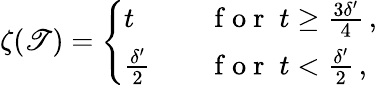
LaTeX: \zeta(\mathscr{T})=\left\{ \begin{array}{ll}{t}&{\quad\mathrm{~f~o~r~}\; t\geq\frac{3\delta^{\prime}}{4}\, ,}\\ {\frac{\delta^{\prime}}{2}}&{\quad\mathrm{~f~o~r~}\; t<\frac{\delta^{\prime}}{2}\, ,}\end{array}\right.